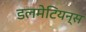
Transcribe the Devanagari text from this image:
डलमेटियन्स